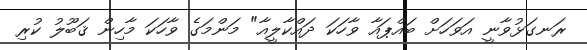
ރަނގަޅުވާނީ އަވަހަށް ބައްޕައާ ވާހަކަ ދައްކާލީއާ" މަންމަގެ ވާހަކަ މާހިން ޤަބޫލު ކުރި